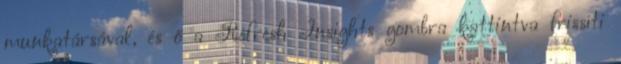
munkatársával, és ő a Refresh Insights gombra kattintva frissíti